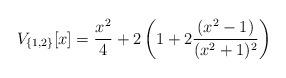
LaTeX: \begin{align*}V_{\{1,2\}}[x]=\frac{x^2}{4}+2\left(1 + 2\frac{(x^2-1)}{(x^2+1)^2}\right) \end{align*}